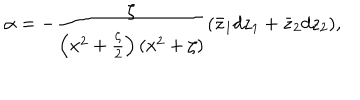
\alpha = - { \frac { \zeta } { \left( x ^ { 2 } + { \frac { \zeta } { 2 } } \right) \left( x ^ { 2 } + \zeta \right) } } ( \bar { z } _ { 1 } d z _ { 1 } + \bar { z } _ { 2 } d z _ { 2 } ) ,